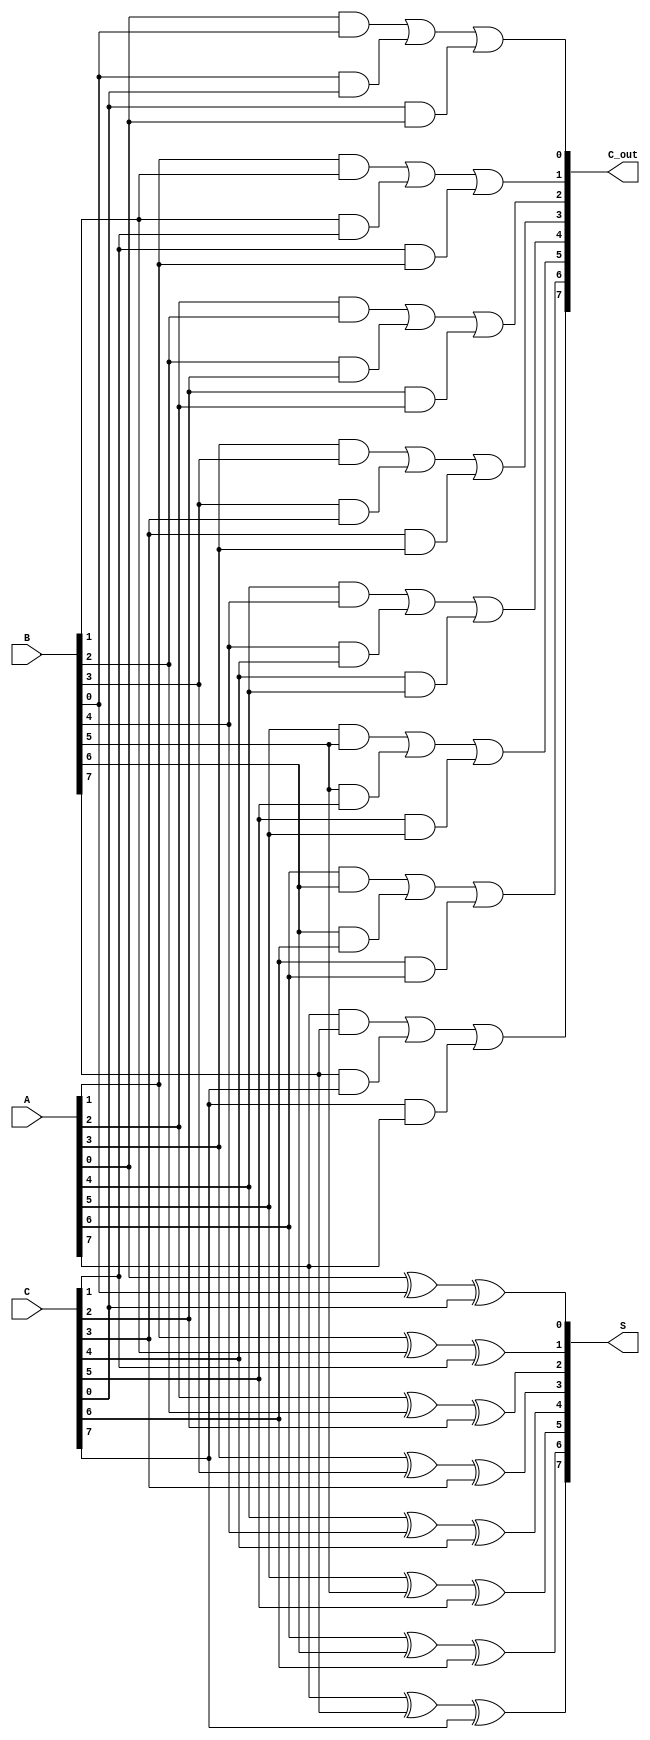
module CarrySaveAdder #(parameter n = 8) (
    input  wire [n-1:0] A,      // Input A
    input  wire [n-1:0] B,      // Input B
    input  wire [n-1:0] C,      // Input C
    output wire [n-1:0] S,      // Sum output
    output wire [n-1:0] C_out    // Carry output
);

    genvar i;
    generate
        for (i = 0; i < n; i = i + 1) begin : CSA
            // Sum for bit position i
            assign S[i] = A[i] ^ B[i] ^ C[i];
            
            // Carry for bit position i
            assign C_out[i] = (A[i] & B[i]) | (B[i] & C[i]) | (C[i] & A[i]);
        end
    endgenerate

endmodule